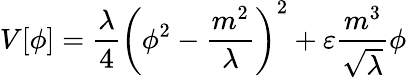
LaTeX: V[\phi]=\frac{\lambda}{4}\left(\phi^{2}-\frac{m^{2}}{\lambda}\right)^{2}+\varepsilon\frac{m^{3}}{\sqrt\lambda}\phi